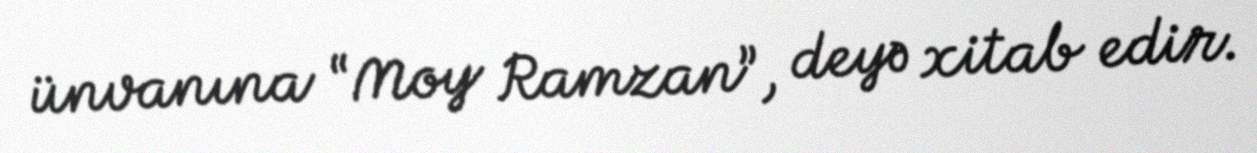
ünvanına “Moy Ramzan”, deyə xitab edir.